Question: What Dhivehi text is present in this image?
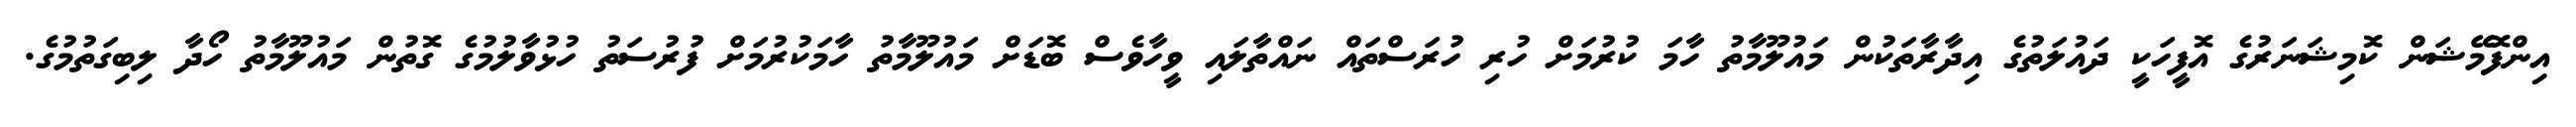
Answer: އިންފޮމޭޝަން ކޮމިޝަނަރުގެ އޮފީހަކީ ދައުލަތުގެ އިދާރާތަކުން މައުލޫމާތު ހާމަ ކުރުމަށް ހުރި ހުރަސްތައް ނައްތާލައި ވީހާވެސް ބޮޑަށް މައުލޫމާތު ހާމަކުރުމަށް ފުރުސަތު ހުޅުވާލުމުގެ ގޮތުން މައުލޫމާތު ހޯދާ ލިބިގަތުމުގެ.